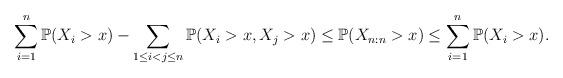
LaTeX: \begin{align*}\sum_{i=1}^{n}\mathbb{P}(X_{i}>x)-\sum_{1\leq i<j\leq n}\mathbb{P}(X_{i}>x,X_{j}>x)\leq \mathbb{P}(X_{n:n}>x)\leq \sum_{i=1}^{n}\mathbb{P}(X_{i}>x). \end{align*}